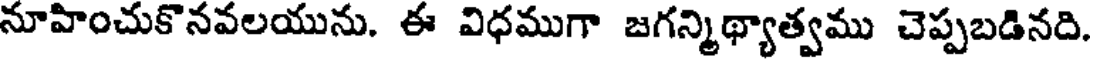
నూహించుకొనవలయును. ఈ విధముగా జగన్మిథ్యాత్వము చెప్పబడినది.